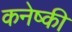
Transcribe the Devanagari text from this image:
कनेष्की